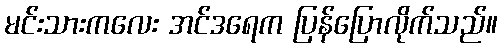
မင်းသားကလေး အင်ဒရေက ပြန်ပြောလိုက်သည်။